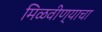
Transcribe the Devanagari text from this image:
मिळवीण्याचा